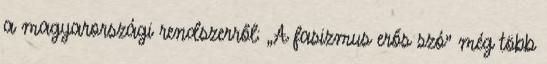
a magyarországi rendszerről: „A fasizmus erős szó” még több